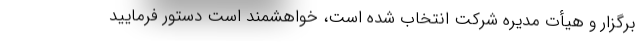
برگزار و هیأت مدیره شرکت انتخاب شده است، خواهشمند است دستور فرمایید